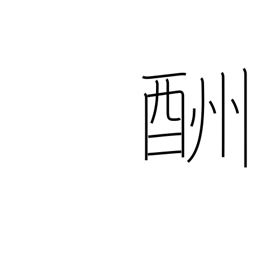
Meaning: retribution